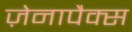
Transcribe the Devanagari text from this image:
ज़ेनापैक्स